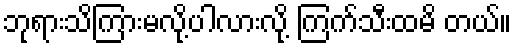
ဘုရားသိကြားမလို့ပါလားလို့ ကြက်သီးထမိ တယ်။